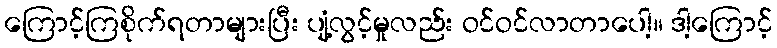
ကြောင့်ကြစိုက်ရတာများပြီး ပျံ့လွင့်မှုလည်း ဝင်ဝင်လာတာပေါ့။ ဒါ့ကြောင့်